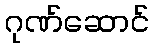
ဂုဏ်ဆောင်